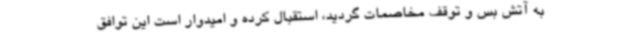
به آتش بس و توقف مخاصمات گردید، استقبال کرده و امیدوار است این توافق